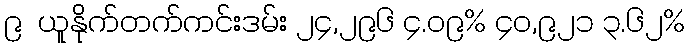
၉  ယူနိုက်တက်ကင်းဒမ်း ၂၄,၂၉၆ ၄.၀၉% ၄၀,၉၂၁ ၃.၆၂%